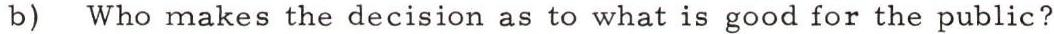
b) Who makes the decision as to what is good for the public?